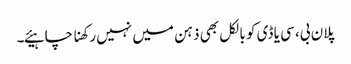
پلان بی، سی یا ڈی کو بالکل بھی ذہن میں نہیں رکھنا چاہیئے۔